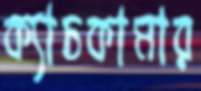
ক্যাচকামার